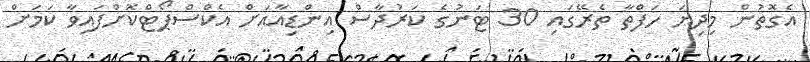
އެގޮތުން މިދިޔަ ހަފްތާ ތެރޭގައި 30 ޓަނުގެ ކަރުދާސް އިންޑިއާއަށް އެކްސްޕޯޓްކޮށްފައިވާ ކަމަށް